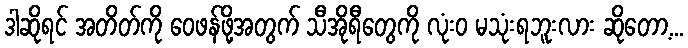
ဒါဆိုရင် အတိတ်ကို ဝေဖန်ဖို့အတွက် သီအိုရီတွေကို လုံးဝ မသုံးရဘူးလား ဆိုတော့...